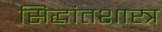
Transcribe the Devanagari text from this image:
सिद्धांतशास्त्र